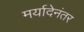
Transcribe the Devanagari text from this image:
मर्यादेनंतर